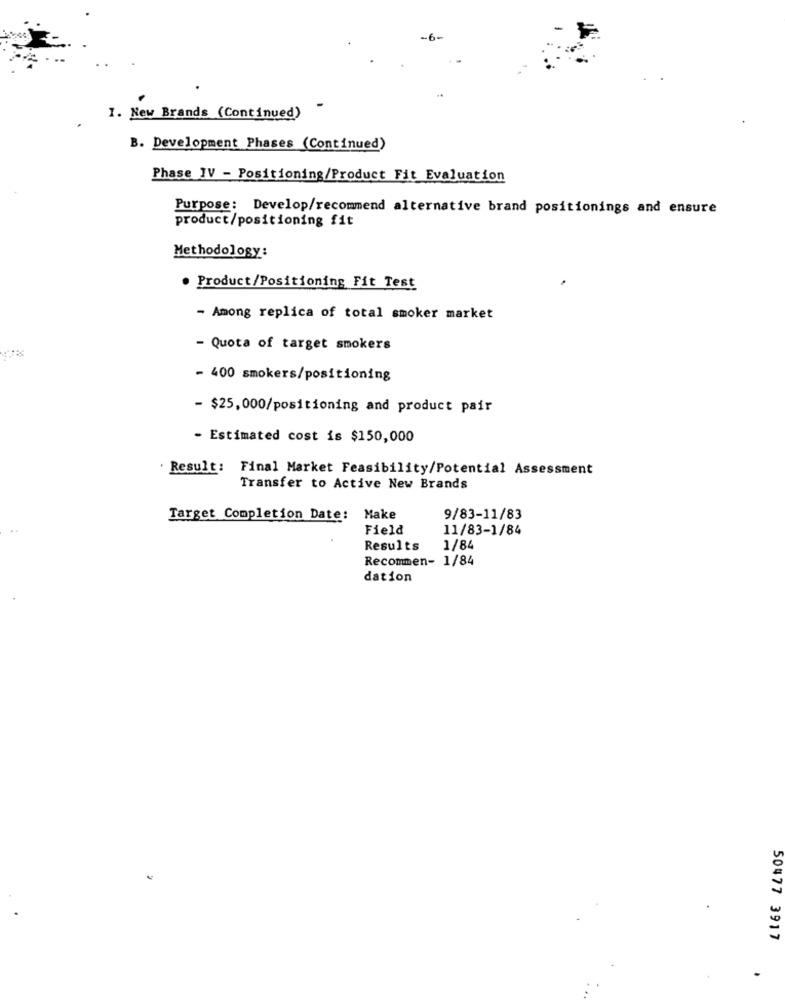
-
1. New Brands (Continued)
B. Development Phases (Continued)
Phase IV - Positioning/Product Fit Evaluation
Purpose: Develop/recommend alternative brand positionings and ensure
product/positioning fit
Methodology:
. Product/Positioning Fit Test
- Among replica of total smoker market
- Quota of target smokers
- 400 smokers/positioning
- $25,000/positioning and product pair
- Estimated cost is $150,000
' Result: Final Market Feasibility/Potential Assessment
Transfer to Active New Brands
Target Completion Date:
Make
9/83-11/83
Field
11/83-1/84
Results
1/84
Recommen- 1/84
dation
50477 3917